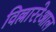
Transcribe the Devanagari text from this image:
विल्लाररेआल